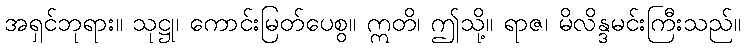
အရှင်ဘုရား။ သုဋ္ဌု၊ ကောင်းမြတ်ပေစွ။ ဣတိ၊ ဤသို့။ ရာဇ၊ မိလိန္ဒမင်းကြီးသည်။